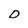
Character: D